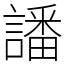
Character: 譒